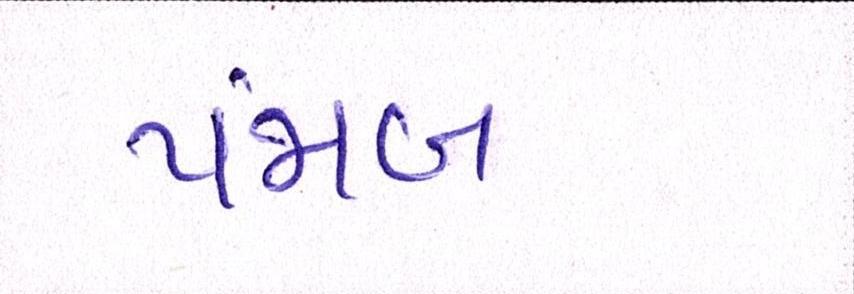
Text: પંજાબ